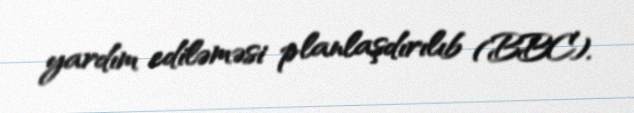
yardım ediləməsi planlaşdırılıb (BBC).